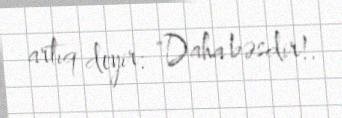
artıq deyir: "Daha bəsdir!.